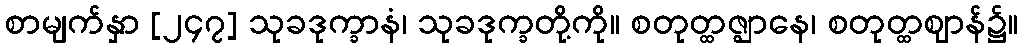
စာမျက်နှာ [၂၄၇] သုခဒုက္ခာနံ၊ သုခဒုက္ခတို့ကို။ စတုတ္ထဇ္ဈာနေ၊ စတုတ္ထဈာန်၌။